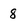
Character: 8